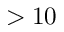
> 1 0